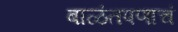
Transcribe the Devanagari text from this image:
बाळंतपणाचं